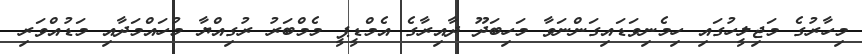
މިހާރުގެ މަޖިލީހުގައި ހިމެނިވަޑައިގަންނަވާ މަހިބަދޫ ދާއިރާގެ އެމްޑީޕީ މެމްބަރު ރުގިއްޔާ މުހައްމަދާއި މަޑުއްވަރި